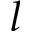
l